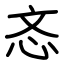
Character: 忞